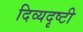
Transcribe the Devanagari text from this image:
दिव्यदृष्टी